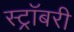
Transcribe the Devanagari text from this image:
स्ट्रॉबरी